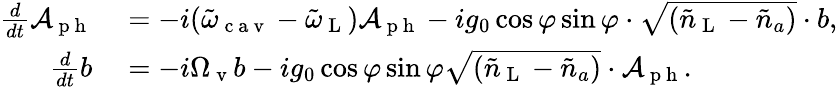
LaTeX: \begin{array}{rl}{\frac{d}{dt}\mathcal{A}_{\mathrm{~p~h~}}}&{{}=-i(\tilde{\omega}_{\mathrm{~c~a~v~}}-\tilde{\omega}_{\mathrm{~L~}})\mathcal{A}_{\mathrm{~p~h~}}-ig_{0}\cos\varphi\sin\varphi\cdot\sqrt{(\tilde{n}_{\mathrm{~L~}}-\tilde{n}_{a})}\cdot b,}\\ {\frac{d}{dt}b}&{{}=-i\Omega_{\mathrm{~v~}}b-ig_{0}\cos\varphi\sin\varphi\sqrt{(\tilde{n}_{\mathrm{~L~}}-\tilde{n}_{a})}\cdot\mathcal{A}_{\mathrm{~p~h~}}.}\end{array}